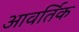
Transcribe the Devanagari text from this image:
आवर्तिक